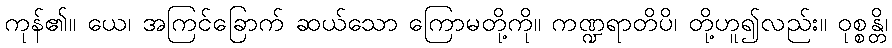
ကုန်၏။ ယေ၊ အကြင်ခြောက် ဆယ်သော ကြောမတို့ကို။ ကဏ္ဍရာတိပိ၊ တို့ဟူ၍လည်း။ ဝုစ္စန္တိ၊